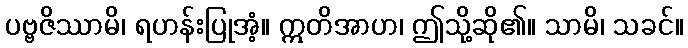
ပဗ္ဗဇိဿာမိ၊ ရဟန်းပြုအံ့။ ဣတိအာဟ၊ ဤသို့ဆို၏။ သာမိ၊ သခင်။